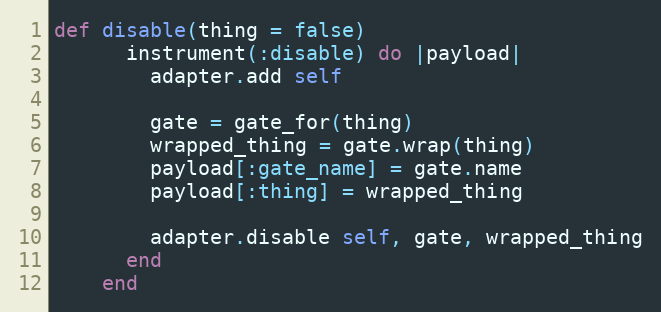
Language: Ruby
def disable(thing = false)
      instrument(:disable) do |payload|
        adapter.add self

        gate = gate_for(thing)
        wrapped_thing = gate.wrap(thing)
        payload[:gate_name] = gate.name
        payload[:thing] = wrapped_thing

        adapter.disable self, gate, wrapped_thing
      end
    end